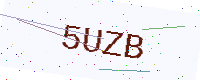
Text: 5UZB